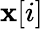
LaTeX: \mathbf{x}[i]